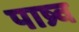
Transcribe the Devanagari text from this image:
पाष्र्व